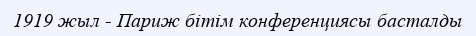
1919 жыл - Париж бітім конференциясы басталды